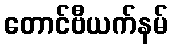
တောင်ဗီယက်နမ်